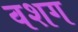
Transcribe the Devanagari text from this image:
वशग